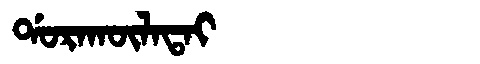
Manchu: ᡩᠣᡵᠠᡴᡡᠯᠠᡨᠠᡳ
Romanization: DORAKŪLATAI